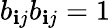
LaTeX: b_{\mathbf{i}j}b_{\mathbf{i}j}=1